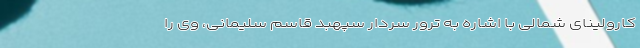
کارولینای شمالی با اشاره به ترور سردار سپهبد قاسم سلیمانی، وی را